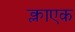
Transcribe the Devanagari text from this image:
क्लाएक